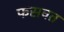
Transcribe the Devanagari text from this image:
फसवत